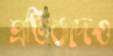
প্রতিবাদেও